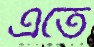
এতে